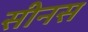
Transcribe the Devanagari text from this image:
सीनस